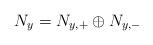
LaTeX: \begin{align*}N_y=N_{y,+}\oplus N_{y,-}\end{align*}